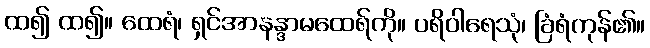
ထ၍ ထ၍။ ထေရံ၊ ရှင်အာနန္ဒာမထေရ်ကို။ ပရိဝါရေသုံ၊ ခြံရံကုန်၏။